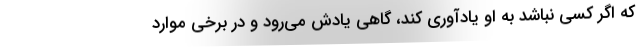
که اگر کسی نباشد به او یادآوری کند، گاهی یادش می‌رود و در برخی موارد